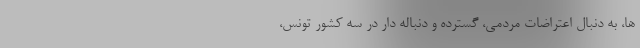
ها، به دنبال اعتراضات مردمی، گسترده و دنباله دار در سه کشور تونس،